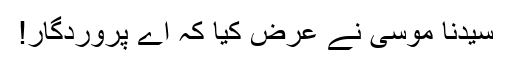
سیدنا موسیٰؑ نے عرض کیا کہ اے پروردگار!